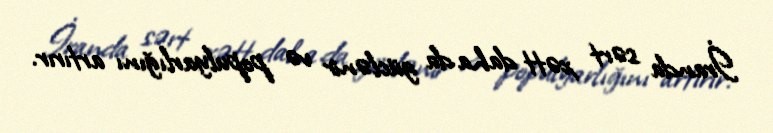
İranda sərt xətt daha da güclənir və populyarlığını artırır.